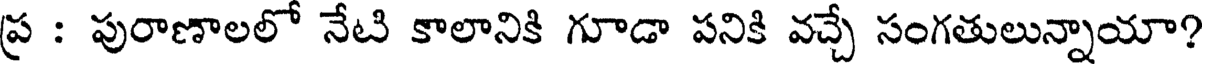
ప్ర : పురాణాలలో నేటి కాలానికి గూడా పనికి వచ్చే సంగతులున్నాయా?